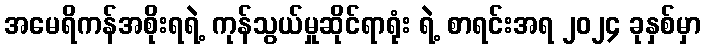
အမေရိကန်အစိုးရရဲ့ ကုန်သွယ်မှုဆိုင်ရာရုံး ရဲ့ စာရင်းအရ ၂၀၂၄ ခုနှစ်မှာ